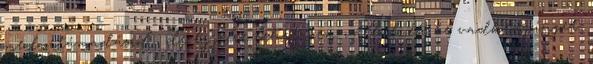
medvetámadásról , de éjjelre lehet nem vállalnék be vadkempinget.